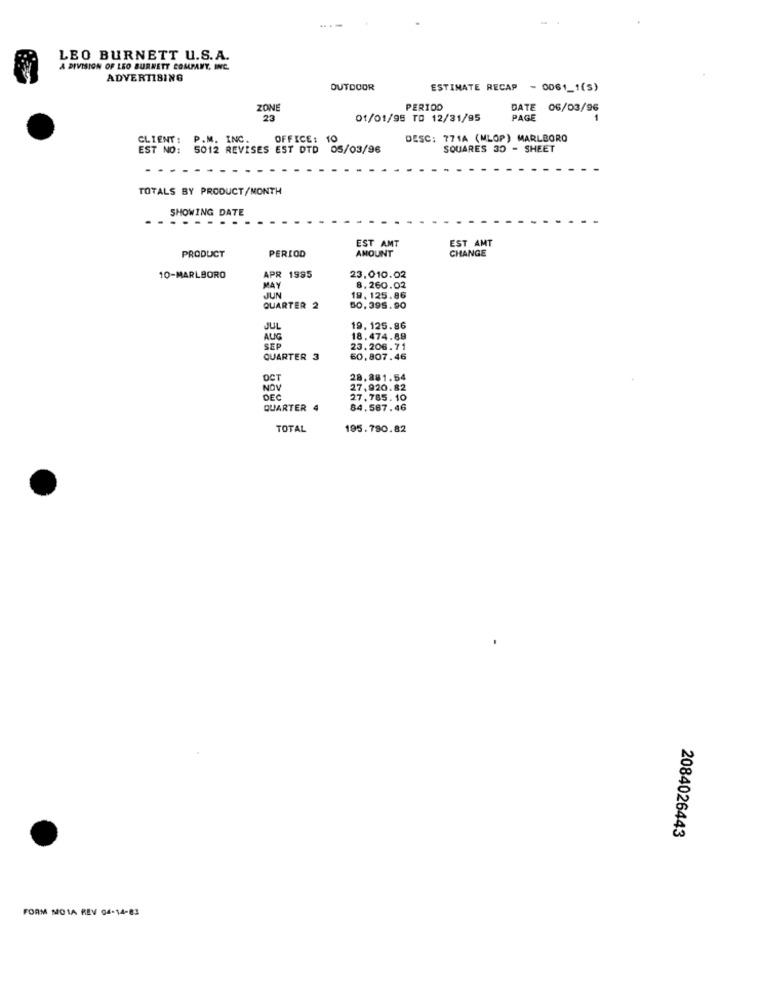
LEO BURNETT U.S.A.
A DIVISION OF LEO BURNETT COMPANY, INC.
ADVERTISING
OUTDOOR
ESTIMATE RECAP - 0061_1(5)
ZONE
PERIOD
DATE
06/03/96
23
01/01/95 TO 12/31/95
PAGE
CLIENT :
P.M. INC.
OFFICE: 10
DESC: 771A (MLOP) MARLBORO
EST NO:
5012 REVISES EST DTD 05/03/96
SQUARES 30 - SHEET
TOTALS BY PRODUCT/MONTH
SHOWING DATE
- -
EST AMT
PERIOD
AMOUNT
EST AMT
CHANGE
PRODUCT
10-MARLBORO
APR 1995
23.010.02
MAY
8.260.02
JUN
19. 125.86
QUARTER 2
60.395.90
JUL
19. 125.86
AUG
18.474.89
SEP
23.206.71
QUARTER 3
60,807.46
OCT
28.881.54
NOV
27,920.82
DEC
27.785. 10
QUARTER 4
84.587.46
TOTAL
195.790.82
2084026443
FORM MOTA REV 04-14-83